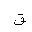
Letter: _qaf